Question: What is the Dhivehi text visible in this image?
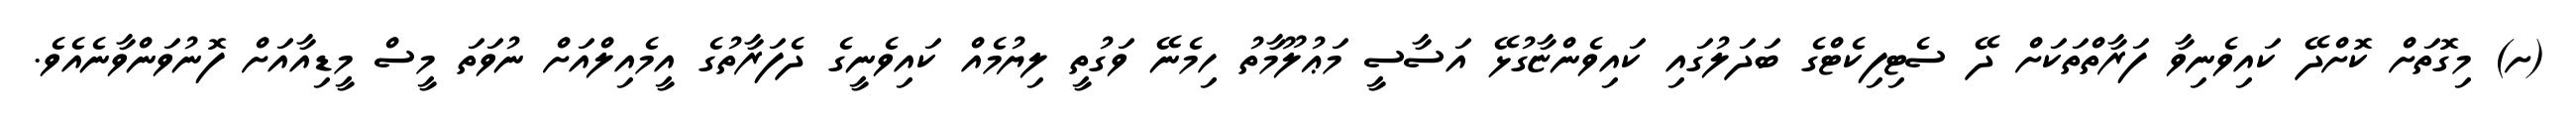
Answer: (ށ) މިގޮތަށް ކޮށްދޭ ކައިވެނިވާ ފަރާތްތަކަށް ދޭ ސެޓިފިކެޓްގެ ބަދަލުގައި ކައިވެންޏާގުޅޭ އަސާސީ މަޢުލޫމާތު ހިމެނޭ ވަގުތީ ލިޔުމެއް ކައިވެނީގެ ދެފަރާތުގެ އީމެއިލްއަށް ނުވަތަ މީސް މީޑިއާއަށް ފޮނުވަންވާނެއެވެ.